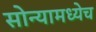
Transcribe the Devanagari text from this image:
सोन्यामध्येच